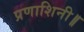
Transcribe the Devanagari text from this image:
प्रणाशिनी॥